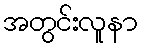
အတွင်းလူနာ